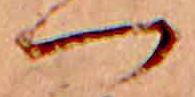
つ